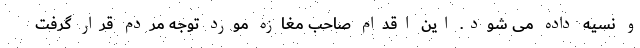
و نسیه داده می شود. این اقدام صاحب مغازه مورد توجه مردم قرار گرفت